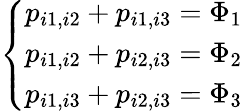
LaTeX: \left\{ \begin{array}{ll}{p_{i1,i2}+p_{i1,i3}=\Phi_{1}}\\ {p_{i1,i2}+p_{i2,i3}=\Phi_{2}}\\ {p_{i1,i3}+p_{i2,i3}=\Phi_{3}}\end{array}\right.